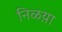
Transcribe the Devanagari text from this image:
निळय़ा